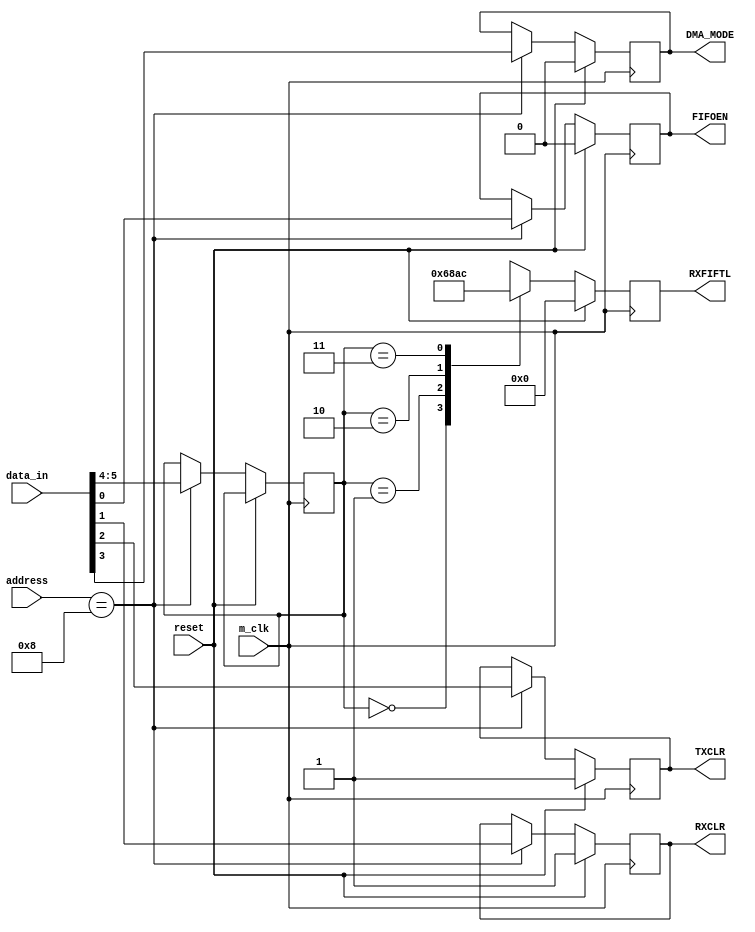
`timescale 1ns / 1ns

module FIFO_CONTROL_REGISTER(DMA_MODE,RXFIFTL,TXCLR,RXCLR,FIFOEN,m_clk,data_in,reset,address);
input wire m_clk;
input wire [7:0] data_in;
input wire reset;
input wire [15:0] address;
output reg DMA_MODE;
output reg [3:0] RXFIFTL;
output reg TXCLR;
output reg RXCLR;
output reg FIFOEN;

reg [1:0] RXFIFTL_1;
always @(posedge m_clk)
if(reset==1'b1)
 begin 
  RXFIFTL  <= 4'b0000;
  TXCLR    <= 1'b1;
  RXCLR	   <= 1'b1;
  FIFOEN   <= 1'b0;
  DMA_MODE <= 1'b0;
 end
 else begin
 if(address== 16'h0008)
 begin
  FIFOEN   <= data_in[0];
  RXCLR    <= data_in[1];
  TXCLR    <= data_in[2];
  DMA_MODE <= data_in[3];
  RXFIFTL_1  <= {data_in[5],data_in[4]};
 end
 case(RXFIFTL_1)
 2'b00 : RXFIFTL<=4'b0110; 
 2'b01 : RXFIFTL<=4'b1000;
 2'b10 : RXFIFTL<=4'b1010;
 2'b11 : RXFIFTL<=4'b1100;
 endcase
 end
endmodule